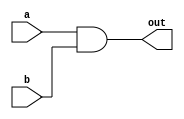
module top_module ( 
    input a, 
    input b, 
    output out );

    assign out = a & b;
    // and secondgate ( out, a, b );
    
endmodule